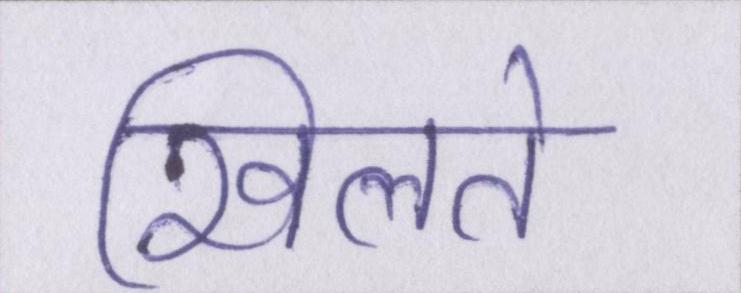
खिलते